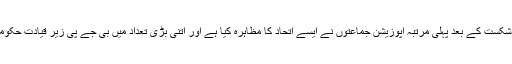
گزشتہ سال لوک سبھا انتخابات میں شکست کے بعد پہلی مرتبہ اپوزیشن جماعتوں نے ایسے اتحاد کا مظاہرہ کیا ہے اور اتنی بڑی تعداد میں بی جے پی زیر قیادت حکومت کے خلاف احتجاج منظم کیا ہے۔